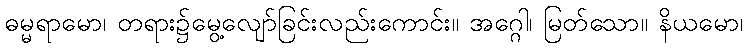
ဓမ္မရာမော၊ တရား၌မွေ့လျော်ခြင်းလည်းကောင်း။ အဂ္ဂေါ၊ မြတ်သော။ နိယမော၊